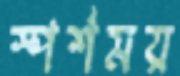
স্পর্শময়